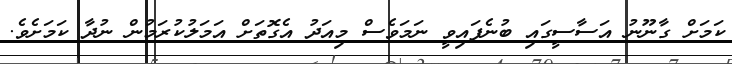
ކަަމަށް ގާނޫނު އަސާސީގައި ބުނެފައިވީ ނަމަވެސް މިއަދު އެގޮތަށް އަމަލުކުރަމުން ނުދާ ކަމަށެވެ.